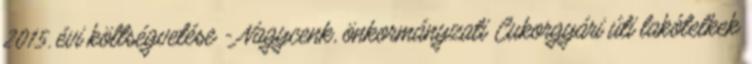
2015. évi költségvetése - Nagycenk, önkormányzati Cukorgyári úti lakótelkek